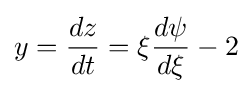
y={\frac {dz}{dt}}=\xi {\frac {d\psi }{d\xi }}-2